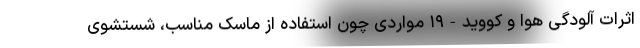
اثرات آلودگی هوا و کووید-۱۹ مواردی چون استفاده از ماسک مناسب، شستشوی